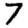
Digit: 7